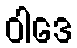
ဝါဒေ